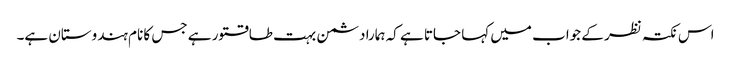
اس نکتہ نظر کے جواب میں کہا جاتا ہے کہ ہمارا دشمن بہت طاقتور ہے جس کا نام ہندوستان ہے۔